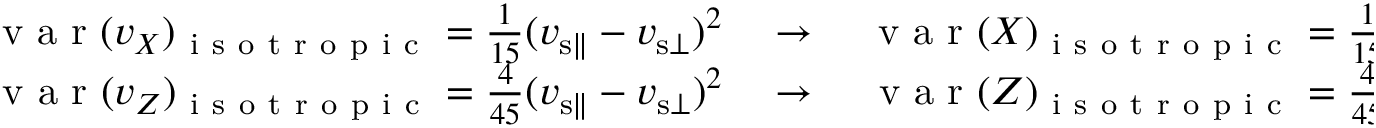
\begin{array} { r } { \mathrm { ~ v ~ a ~ r ~ } ( v _ { X } ) _ { \mathrm { ~ i ~ s ~ o ~ t ~ r ~ o ~ p ~ i ~ c ~ } } = \frac { 1 } { 1 5 } ( v _ { { \mathrm { s } } \parallel } - v _ { { \mathrm { s } } \bot } ) ^ { 2 } \quad \rightarrow \quad \mathrm { ~ v ~ a ~ r ~ } ( X ) _ { \mathrm { ~ i ~ s ~ o ~ t ~ r ~ o ~ p ~ i ~ c ~ } } = \frac { 1 } { 1 5 } ( v _ { { \mathrm { s } } \parallel } - v _ { { \mathrm { s } } \bot } ) ^ { 2 } t ^ { 2 } , } \\ { \mathrm { ~ v ~ a ~ r ~ } ( v _ { Z } ) _ { \mathrm { ~ i ~ s ~ o ~ t ~ r ~ o ~ p ~ i ~ c ~ } } = \frac { 4 } { 4 5 } ( v _ { { \mathrm { s } } \parallel } - v _ { { \mathrm { s } } \bot } ) ^ { 2 } \quad \rightarrow \quad \mathrm { ~ v ~ a ~ r ~ } ( Z ) _ { \mathrm { ~ i ~ s ~ o ~ t ~ r ~ o ~ p ~ i ~ c ~ } } = \frac { 4 } { 4 5 } ( v _ { { \mathrm { s } } \parallel } - v _ { { \mathrm { s } } \bot } ) ^ { 2 } t ^ { 2 } . } \end{array}